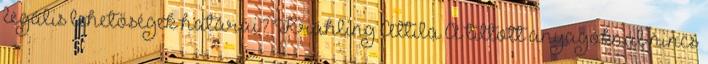
legális lehetőségek határai? Krähling Attila A tiltott anyagoknál nincs